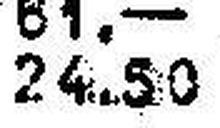
24.50